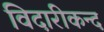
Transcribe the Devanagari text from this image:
विदारीकन्द